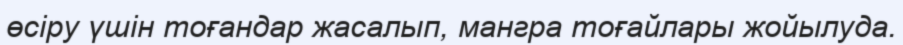
өсіру үшін тоғандар жасалып, мангра тоғайлары жойылуда.